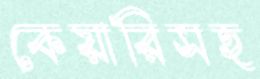
কেয়ারিসহ